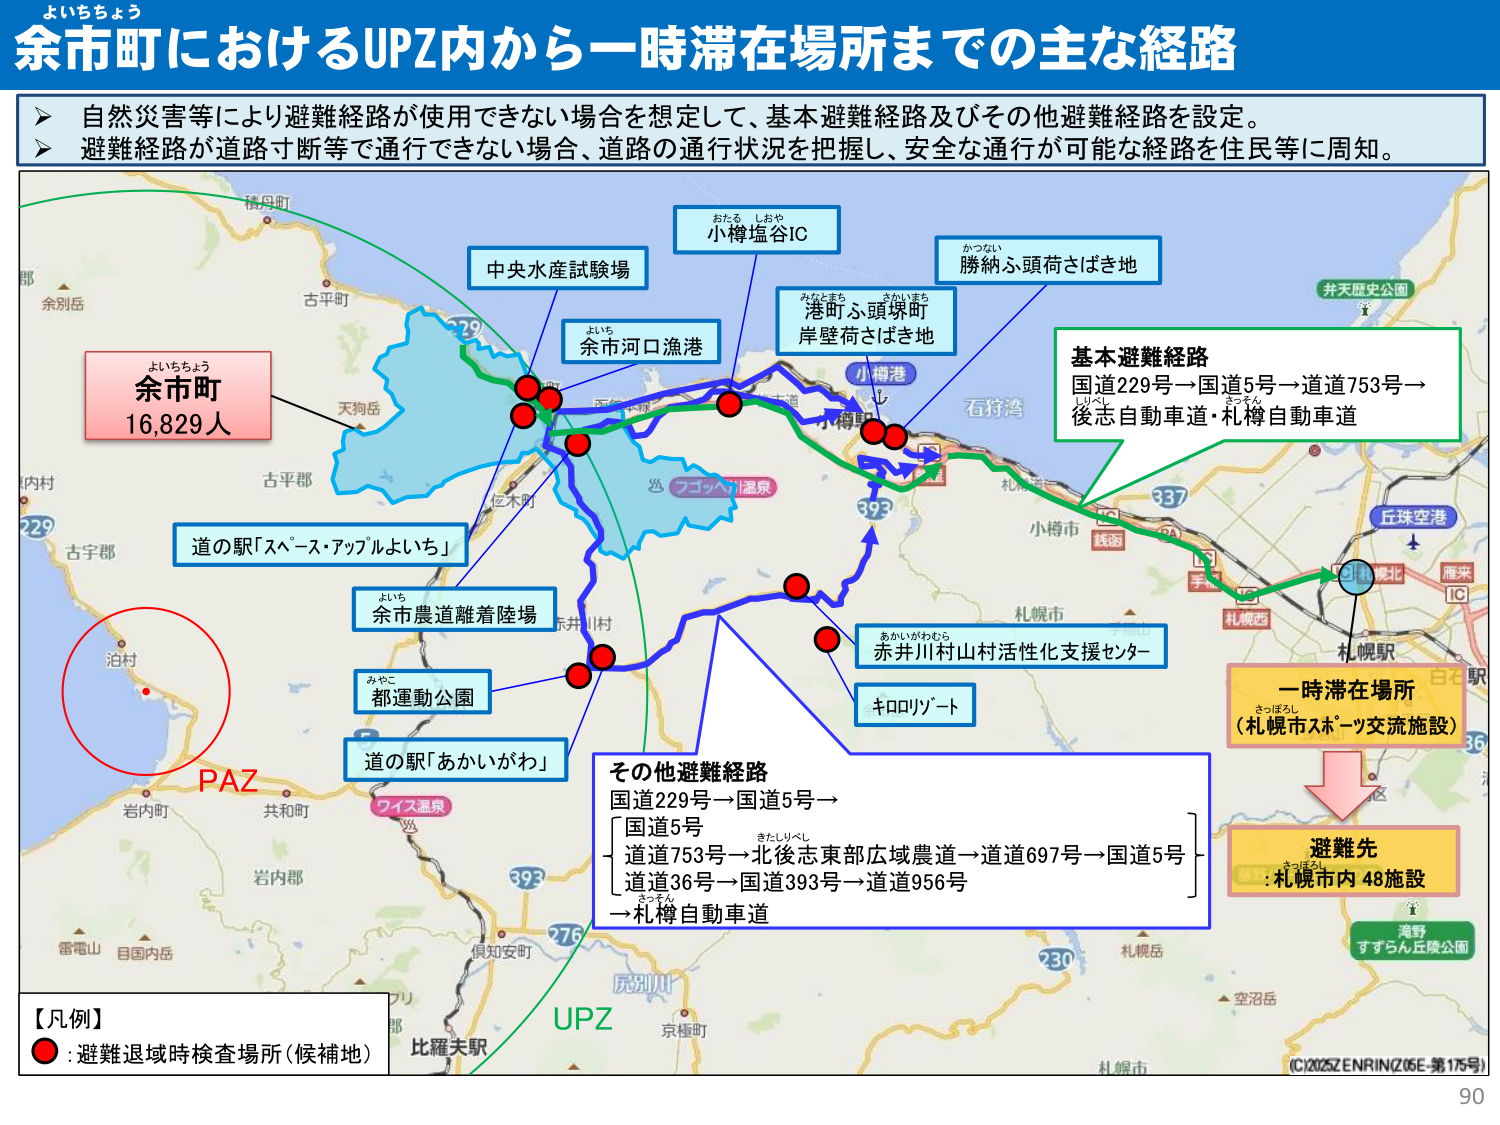
よいちちょう
余市町におけるUPZ内から一時滞在場所までの主な経路

自然災害等により避難経路が使用できない場合を想定して、基本避難経路及びその他避難経路を設定。
避難経路が道路寸断等で通行できない場合、道路の通行状況を把握し、安全な通行が可能な経路を住民等に周知。

よいちちょう
余市町
16,829人

積丹町
古平町
余別岳
天狗岳
古平郡
古宇郡
泊村
岩内町
共和町
岩内郡
雷電山
目国内岳
京極町
比羅夫駅
虎川川
UPZ
PAZ

中央水産試験場
余市河口漁港
小樽塩谷IC
おたる しおや
勝納ふ頭荷さばき地
かつない
港町ふ頭塚町
みなとまち さかいまち
岸壁荷さばき地
小樽港
小樽駅
石狩湾
札幌市
小樽市
札幌西
札幌駅
白石駅
丘珠空港
雁来
IC
337
393
229
79
36
230
札幌岳
空沼岳
すらん丘陵公園
滝野
井天歴史公園
道の駅「スペース・アップルよいち」
余市農道離着陸場
よいち
都運動公園
みやこ
道の駅「あかいがわ」
赤井川村山村活性化支援センター
あかいがわむら
キロリゾート
基本避難経路
国道229号→国道5号→道道753号→
後志自動車道・札樽自動車道
りっし
そつん

その他避難経路
国道229号→国道5号→
国道5号
道道753号→北後志東部広域農道→道道697号→国道5号
道道36号→国道393号→道道956号
→札樽自動車道
きたしりべし
こつそん

一時滞在場所
（札幌スポーツ交流施設）
さっぽろし

避難先
:札幌市内 48施設
きつぼろ

【凡例】
● : 避難退域時検査場所（候補地）

C12025ZENRIN(Z05E-第175号)
90